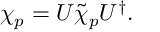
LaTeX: \chi _ { p } = U \tilde { \chi } _ { p } U ^ { \dagger } .